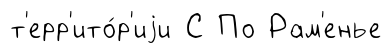
т'ерр'ито́р'иjи С По Рам'енье